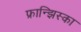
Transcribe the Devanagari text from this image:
फ्रान्झिस्का